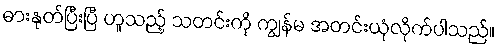
ဓားနုတ်ပြီးပြီ ဟူသည့် သတင်းကို ကျွန်မ အတင်းယုံလိုက်ပါသည်။